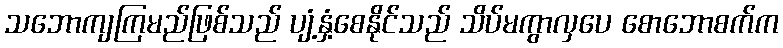
သဘောကျကြမည်ဖြစ်သည် ပျံ့နှံ့စေနိုင်သည် သိပ်မကွာလှပေ စောဘောစက်က